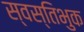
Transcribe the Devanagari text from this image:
स्वस्तिभुक